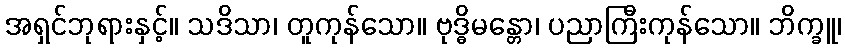
အရှင်ဘုရားနှင့်။ သဒိသာ၊ တူကုန်သော။ ဗုဒ္ဓိမန္တော၊ ပညာကြီးကုန်သော။ ဘိက္ခူ၊